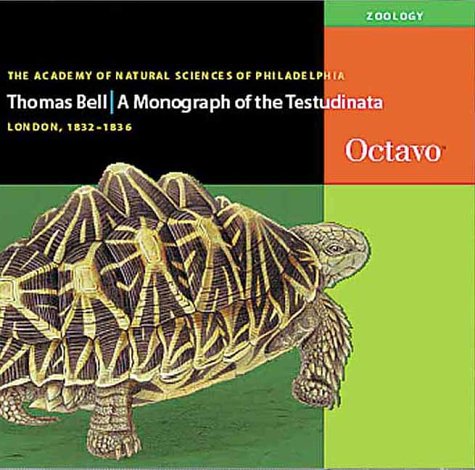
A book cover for A Monograph of the Testudinata (English and Latin Edition); Thomas Bell; Arts & Photography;